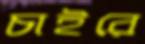
চাইরে